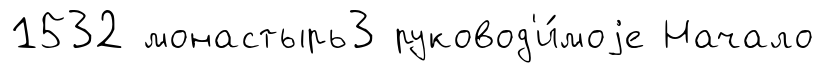
1532 монастырь3 руковод'и́моjе Начало